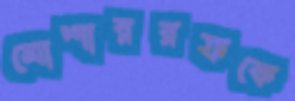
মোশাররফকে